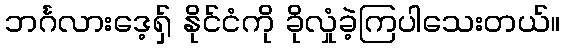
ဘင်္ဂလားဒေ့ရှ် နိုင်ငံကို ခိုလှုံခဲ့ကြပါသေးတယ်။